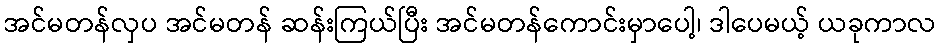
အင်မတန်လှပ အင်မတန် ဆန်းကြယ်ပြီး အင်မတန်ကောင်းမှာပေါ့၊ ဒါပေမယ့် ယခုကာလ